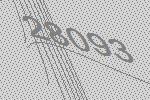
28093